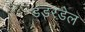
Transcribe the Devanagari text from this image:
डंडरडेल